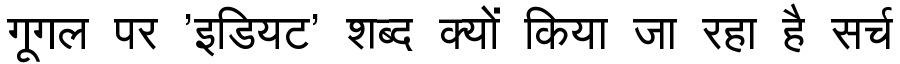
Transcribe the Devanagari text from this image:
गूगल पर 'इडियट' शब्द क्यों किया जा रहा है सर्च